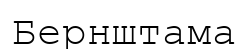
Бернштама